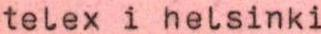
telex i helsinki